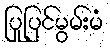
ပြုပြင်မွမ်းမံ